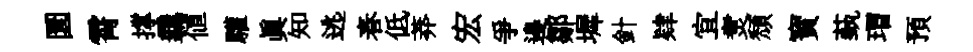
圜霄撑覊值驩真知逃春低莽宏爭邉鄒墀針肄宜煑頹寳蓺瑁預